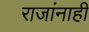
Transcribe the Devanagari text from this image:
राजांनाही